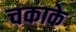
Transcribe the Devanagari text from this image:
चकाके